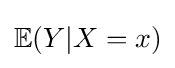
\mathbb {E} (Y|X=x)